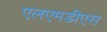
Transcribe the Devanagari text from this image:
एलएमडीएस